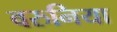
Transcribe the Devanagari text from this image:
वरुनिया